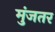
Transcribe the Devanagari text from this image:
मुंजतर